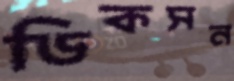
ডিকসন